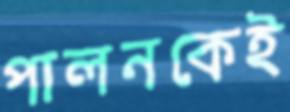
পালনকেই